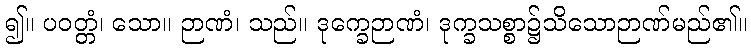
၍။ ပဝတ္တံ၊ သော။ ဉာဏံ၊ သည်။ ဒုက္ခေဉာဏံ၊ ဒုက္ခသစ္စာ၌သိသောဉာဏ်မည်၏။